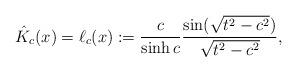
LaTeX: \begin{align*}\hat K_{c}(x) = \ell_{c}(x) := \frac{c}{\sinh c} \frac{\sin(\sqrt{t^2-c^2})}{\sqrt{t^2-c^2}},\end{align*}